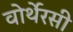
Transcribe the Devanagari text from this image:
वोर्थेरसी